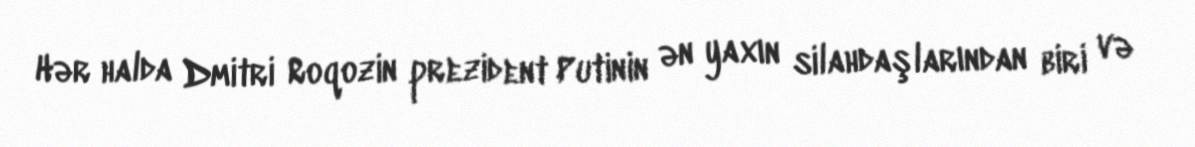
Hər halda Dmitri Roqozin prezident Putinin ən yaxın silahdaşlarından biri və